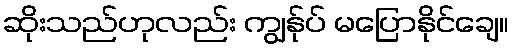
ဆိုးသည်ဟုလည်း ကျွန်ုပ် မပြောနိုင်ချေ။